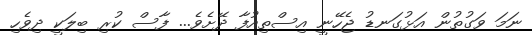
ނަމަ ވަގުތުން އަޅުގަނޑު ޖެހޭނީ އިސްތިއުފާ ދޭށެވެ... ފާސް ކުރި ބިލަކީ ދިވެހި